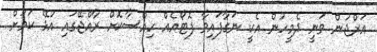
އަރްޖުން ވަނީ ދެމީހުން އެކީ ނަގާފައިވާ ފޮޓޯއެއް ހިއްސާކޮށް ރާއްޖޭގައި އުޅޭ ކަމަށް